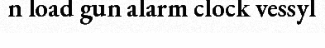
n load gun alarm clock vessyl